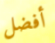
أفضل